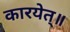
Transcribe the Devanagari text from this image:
कारयेत्॥